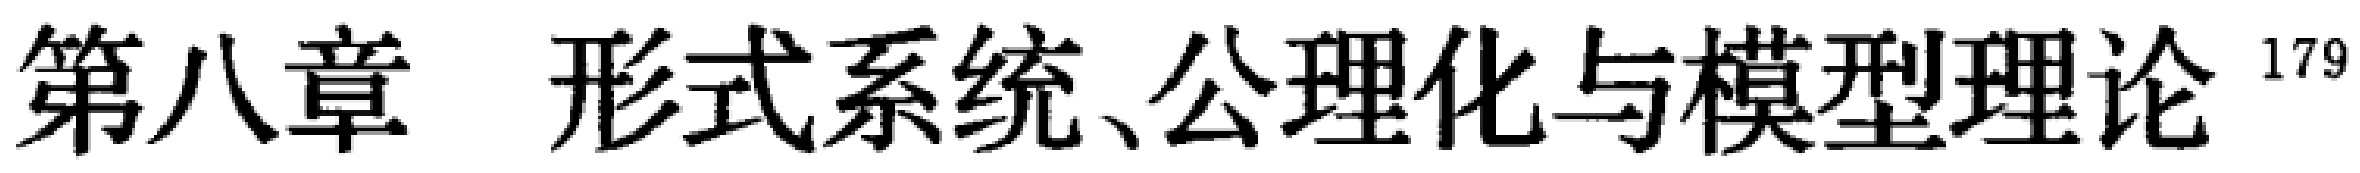
第八章 形式系统、公理化与模型理论\footnote{179}